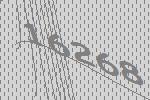
16268